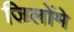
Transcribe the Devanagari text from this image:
जिलोंमे